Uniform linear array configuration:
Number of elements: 24
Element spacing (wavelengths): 0.25
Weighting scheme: kaiser
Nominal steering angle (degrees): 60
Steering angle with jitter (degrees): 60.984
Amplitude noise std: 0.05
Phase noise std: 0.05

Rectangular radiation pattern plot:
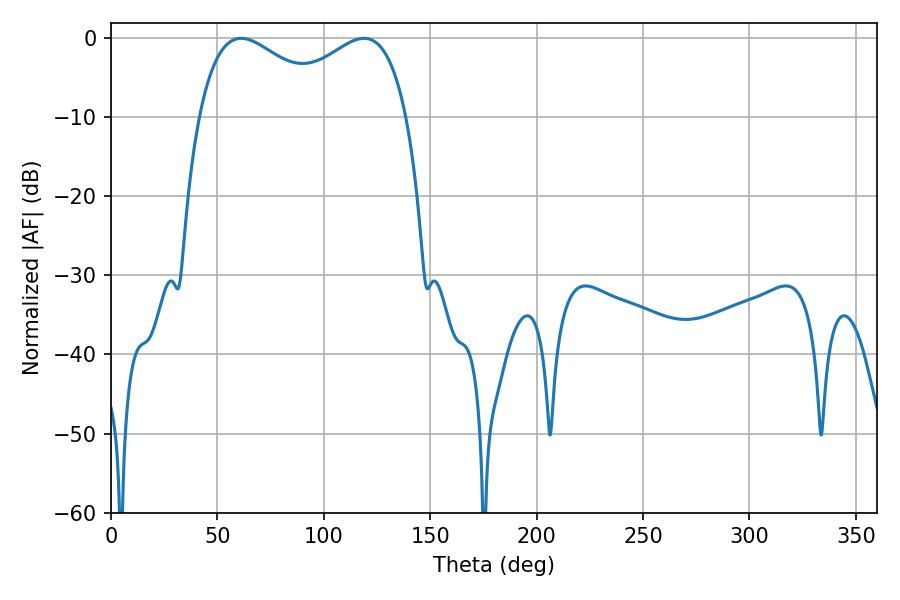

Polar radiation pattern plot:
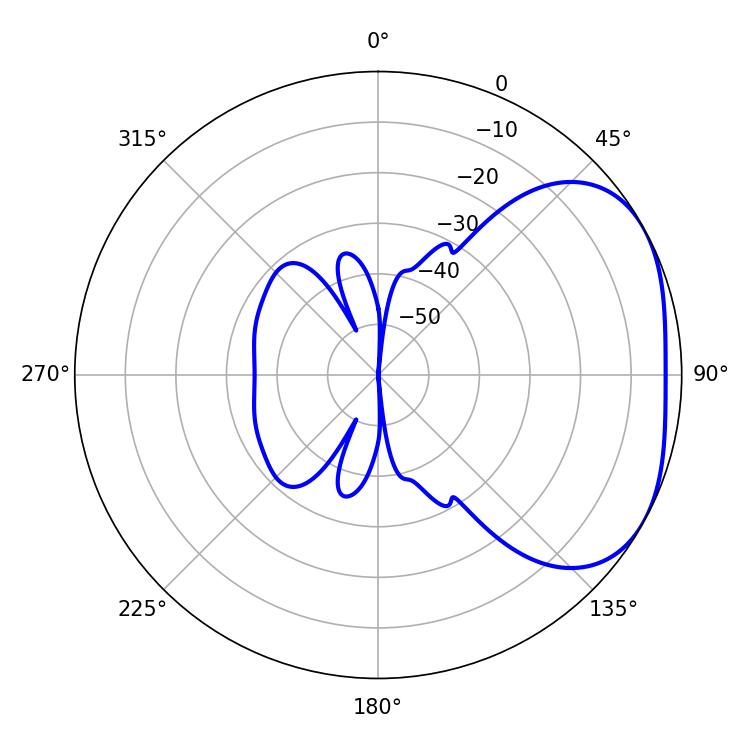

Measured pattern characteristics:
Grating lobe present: FALSE
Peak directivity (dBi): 2.937
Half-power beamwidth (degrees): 36.18
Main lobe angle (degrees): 61.2